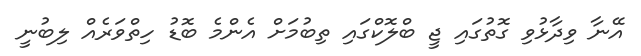
އޭނާ ވިދާޅުވި ގޮތުގައި ޖީ ބްލޮކްގައި ތިބުމަށް އެންމެ ބޮޑު ހިތްވަރެއް ލިބުނީ